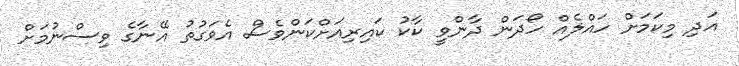
އަދި މިކަމަށް ހައްލެއް ހޯދަން ދާންވީ ކާކު ކައިރިއަށްކަންވެސް އެވަގުތު އޭނާގެ ވިސްނުމަށް